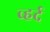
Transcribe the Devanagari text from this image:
व्हर्द